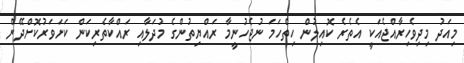
މިއަދު މިދިވެހިރާއްޖެއަކީ އެތެރެ ކޮއިލުން ހިތްހަމަ ނުޖެހުނީމާ ރައްޔިތުންގެ މުދަލާއި ރައްކާތެރިކަން ކަށަވަރުކޮށްދޭން